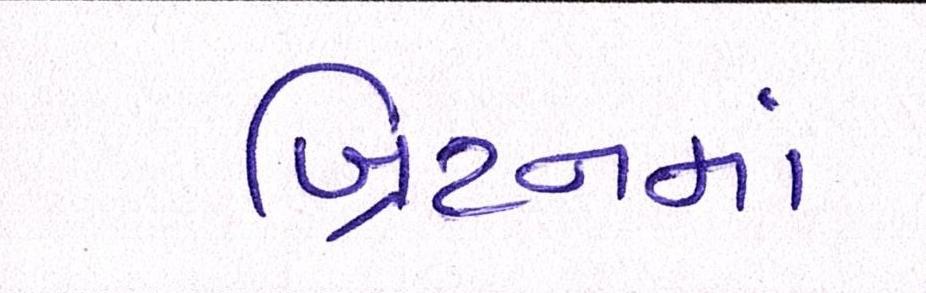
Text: બ્રિટનમાં